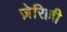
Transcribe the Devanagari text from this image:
ज़ेरिल्ली